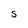
Character: S